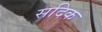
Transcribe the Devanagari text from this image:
सदिक